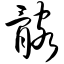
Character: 髂